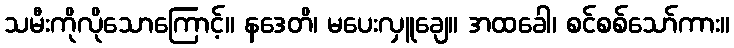
သမီးကိုလိုသောကြောင့်။ နဒေတိ၊ မပေးလှူချေ။ အထခေါ၊ စင်စစ်သော်ကား။